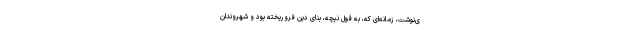
ی‌نوشت، زمانه‌ای که، به قول نیچه، بنای دین فروریخته بود و شهروندان